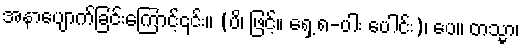
အနာပျောက်ခြင်းကြောင့်၎င်း။ (ပိ၊ ဖြင့်။ ရှေ့ ၈-ပါး ပေါင်း)၊ ပေ။ တသ္မာ၊